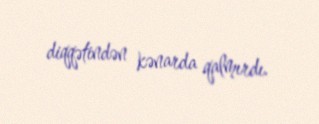
diqqətindən kənarda qalmırdı.